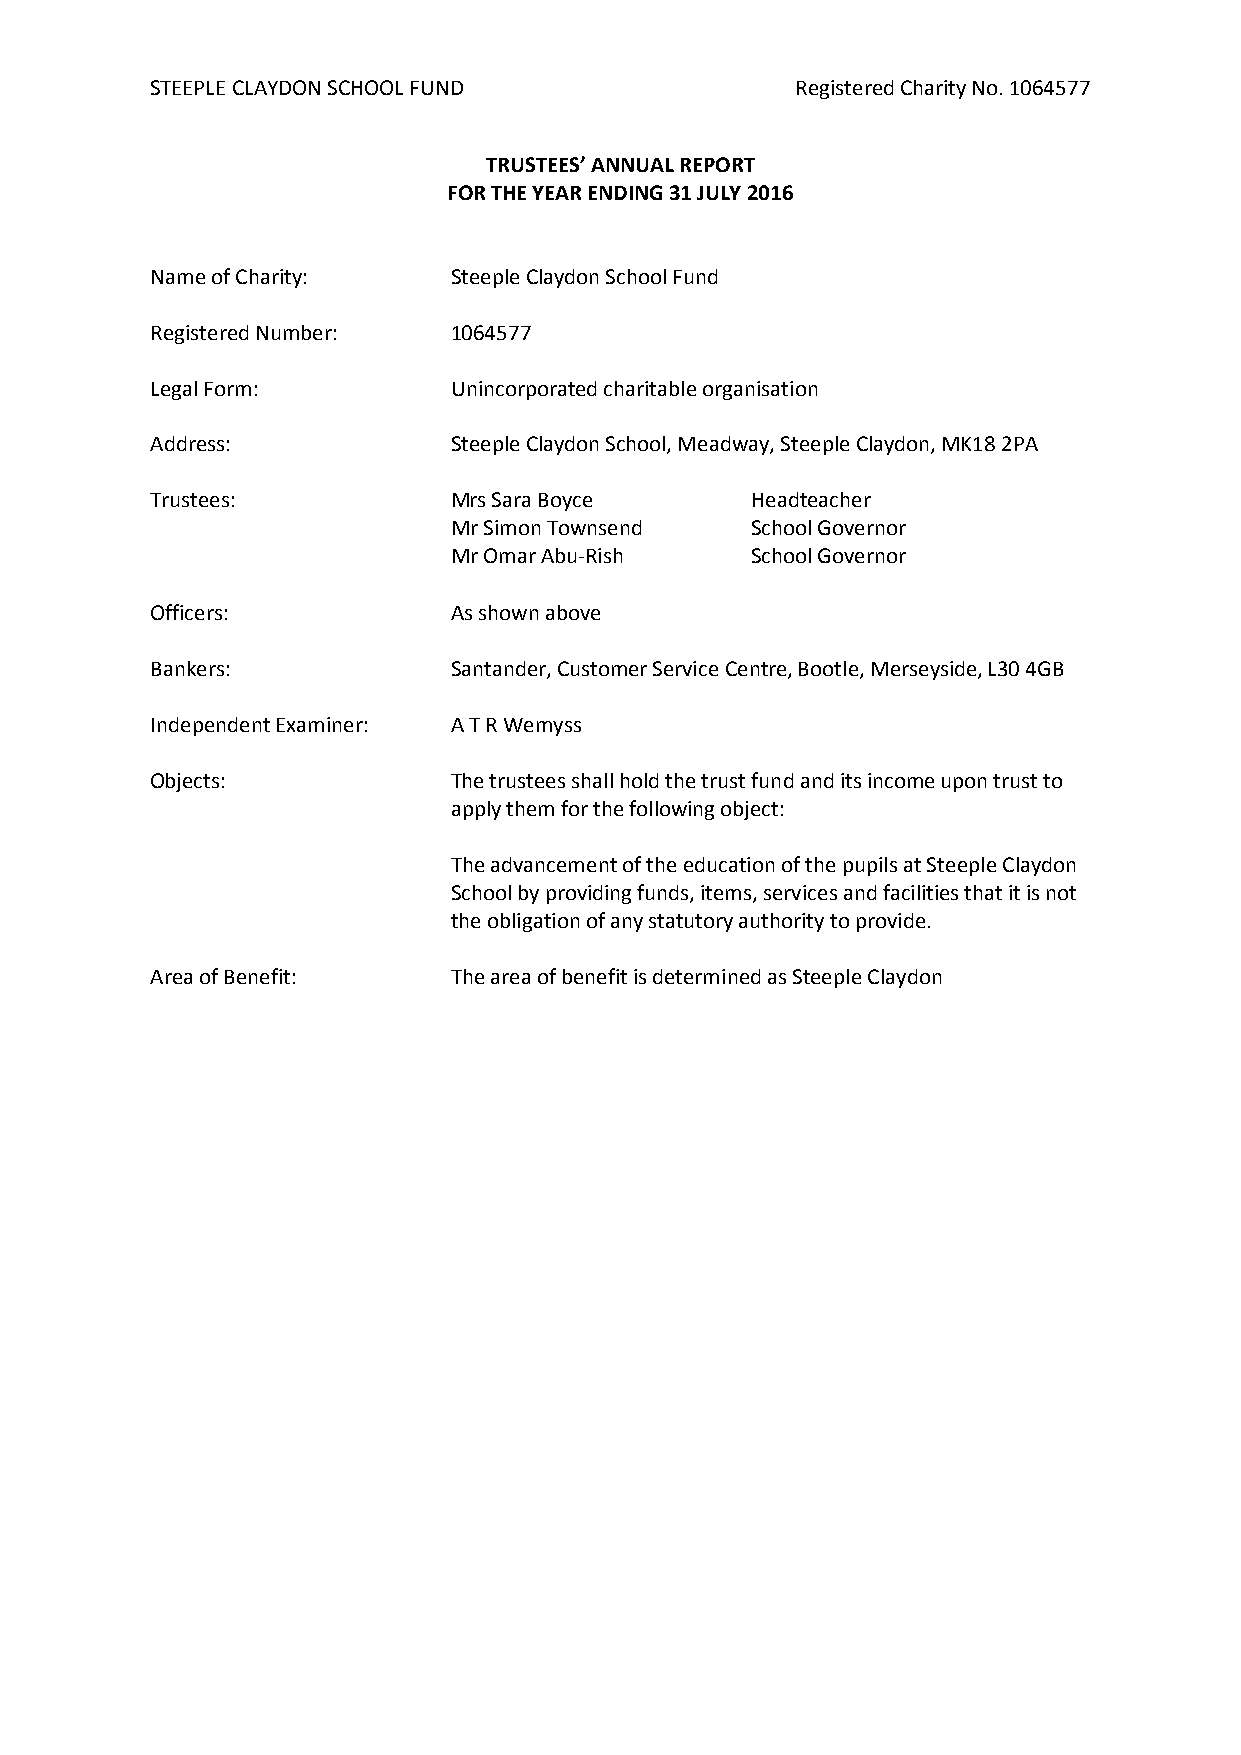
STEEPLE CLAYDON SCHOOL FUND                Registered Charity No. 1064577
 TRUSTEES’ ANNUAL REPORT
 FOR THE YEAR ENDING 31 JULY 2016
 Name of Charity:    Steeple Claydon School Fund
 Registered Number:  1064577
 Legal Form:         Unincorporated charitable organisation
 Address:            Steeple Claydon School, Meadway, Steeple Claydon, MK18 2PA
 Trustees:           Mrs Sara Boyce      Headteacher
 Mr Simon Townsend   School Governor
 Mr Omar Abu-Rish    School Governor
 Officers:           As shown above
 Bankers:            Santander, Customer Service Centre, Bootle, Merseyside, L30 4GB
 Independent Examiner: A T R Wemyss
 Objects:            The trustees shall hold the trust fund and its income upon trust to
 apply them for the following object:
 The advancement of the education of the pupils at Steeple Claydon
 School by providing funds, items, services and facilities that it is not
 the obligation of any statutory authority to provide.
 Area of Benefit:    The area of benefit is determined as Steeple Claydon